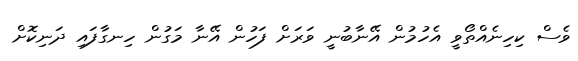
ވެސް ކިހިނެއްތޯވީ އެހުމުން އޭނާބުނީ ވަރަށް ފަހުން އޭނާ މަގުން ހިނގާފައި ދަނިކޮށް